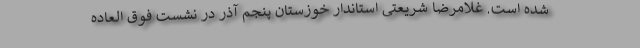
شده است. غلامرضا شریعتی استاندار خوزستان پنجم آذر در نشست فوق العاده